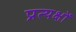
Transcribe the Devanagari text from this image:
प्रत्यक्षों